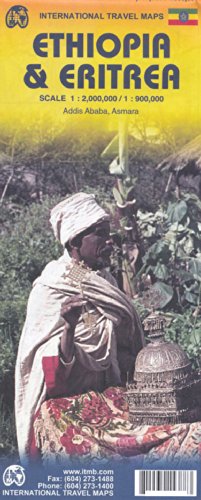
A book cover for Ethiopia & Djibouti 1:2,000,000 Travel Map, 2011 edition ITMB; ITMB Publishing; Travel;